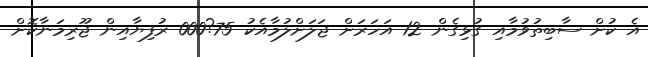
އެ ކުށް ސާބިތުވުމާއި ގުޅިގެން 12 އަހަރަށް ޖަލަށްލުމާއެކު 75?000 ރުފިޔާއިން ޖޫރިމަނާކޮށް